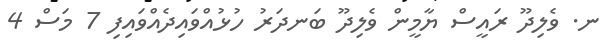
ނ. ވެލިދޫ ރައީސް ޔާމީން ވެލިދޫ ބަނދަރު ހުޅުއްވައިދެއްވައިފި 7 މަސް 4